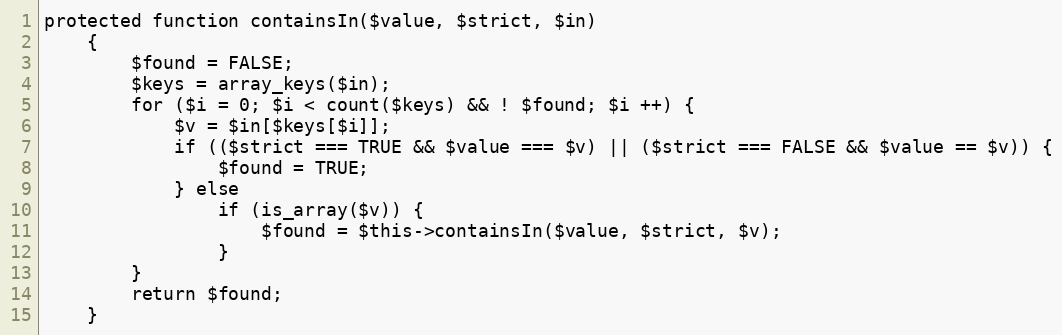
Language: PHP
protected function containsIn($value, $strict, $in)
    {
        $found = FALSE;
        $keys = array_keys($in);
        for ($i = 0; $i < count($keys) && ! $found; $i ++) {
            $v = $in[$keys[$i]];
            if (($strict === TRUE && $value === $v) || ($strict === FALSE && $value == $v)) {
                $found = TRUE;
            } else
                if (is_array($v)) {
                    $found = $this->containsIn($value, $strict, $v);
                }
        }
        return $found;
    }